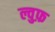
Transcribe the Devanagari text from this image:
ल्वुफ़